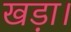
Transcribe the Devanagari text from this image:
खड़ा।